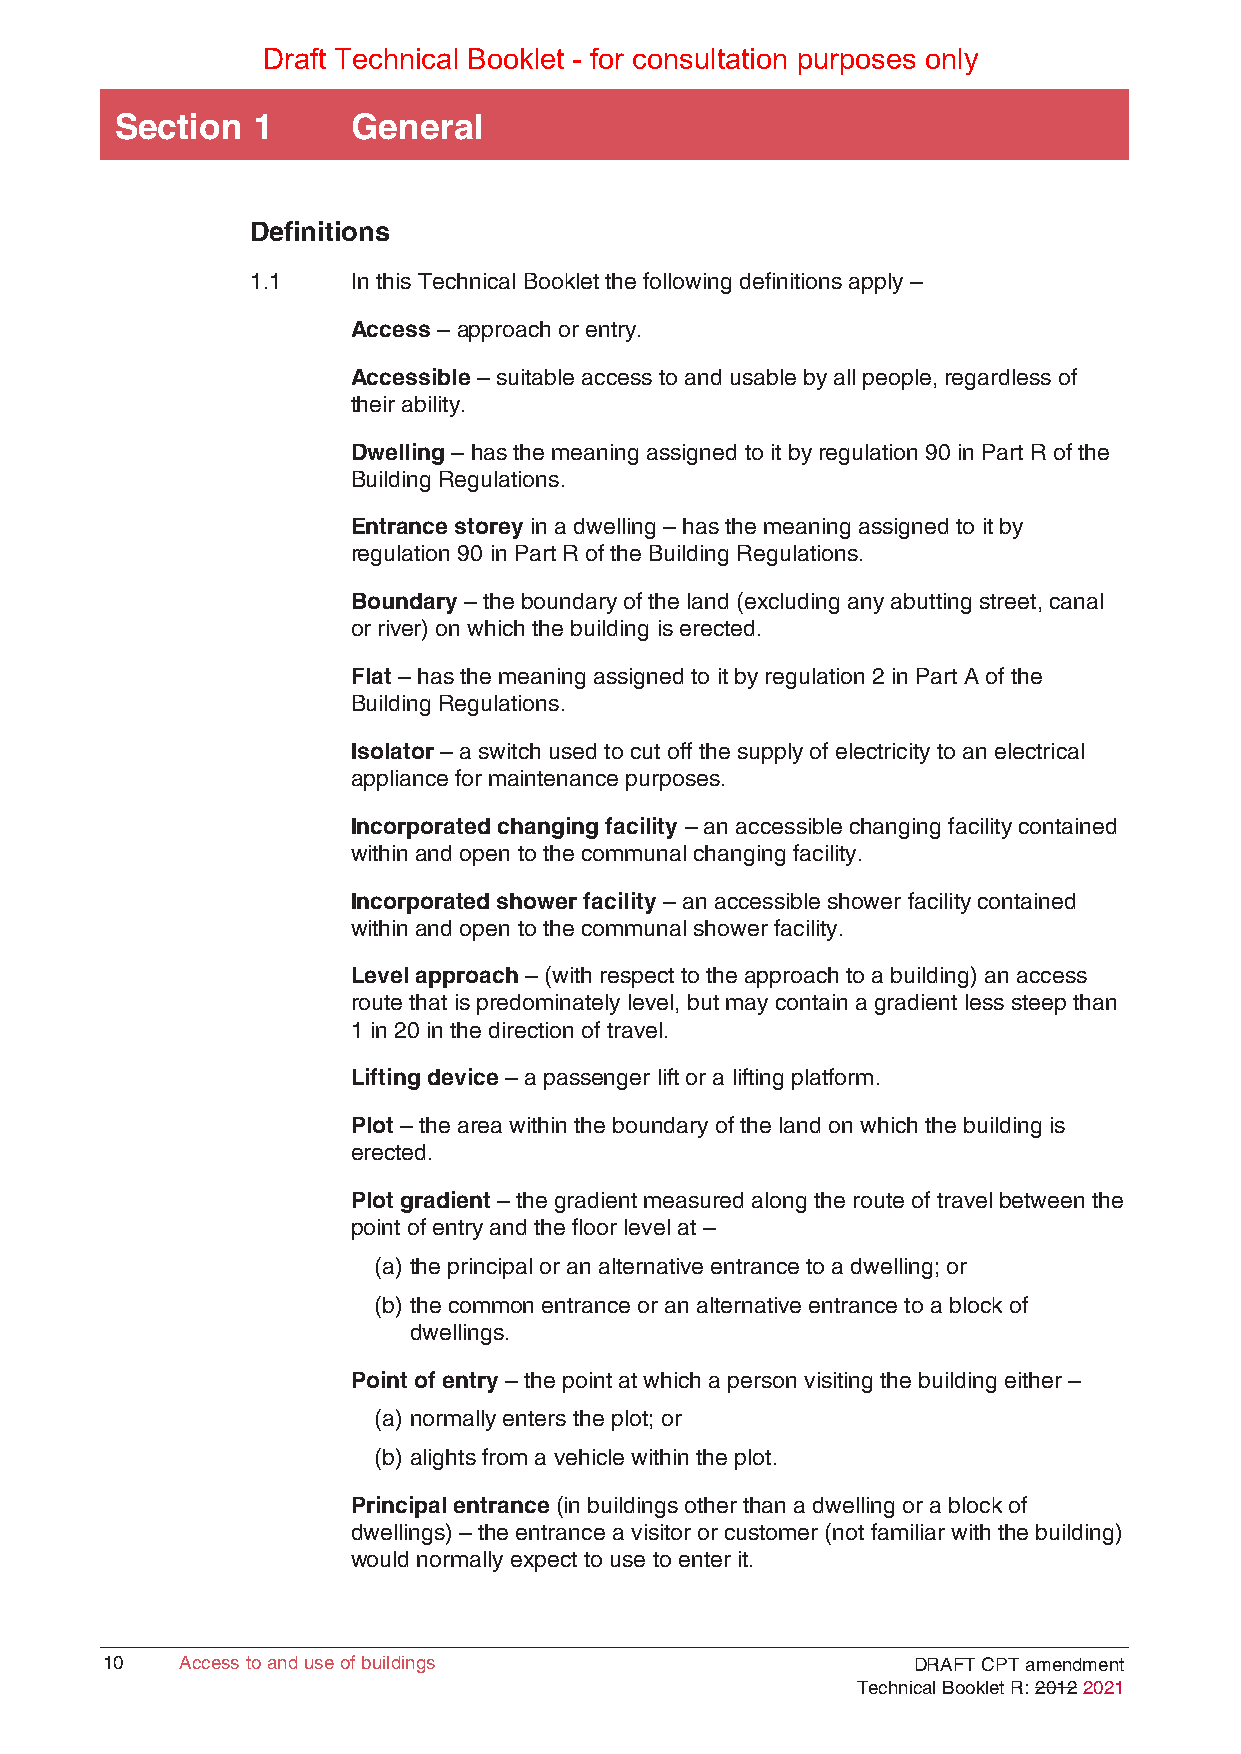
Draft Technical Booklet - for consultation purposes only
 Section  1     General
 Definitions
 1.1   In this Technical Booklet the following definitions apply –
 Access – approach or entry.
 Accessible – suitable access to and usable by all people, regardless of
 their ability.
 Dwelling – has the meaning assigned to it by regulation 90 in Part R of the
 Building Regulations.
 Entrance storey in a dwelling – has the meaning assigned to it by
 regulation 90 in Part R of the Building Regulations.
 Boundary – the boundary of the land (excluding any abutting street, canal
 or river) on which the building is erected.
 Flat – has the meaning assigned to it by regulation 2 in Part A of the
 Building Regulations.
 Isolator – a switch used to cut off the supply of electricity to an electrical
 appliance for maintenance purposes.
 Incorporated changing facility – an accessible changing facility contained
 within and open to the communal changing facility.
 Incorporated shower facility – an accessible shower facility contained
 within and open to the communal shower facility.
 Level approach – (with respect to the approach to a building) an access
 route that is predominately level, but may contain a gradient less steep than
 1 in 20 in the direction of travel.
 Lifting device – a passenger lift or a lifting platform.
 Plot – the area within the boundary of the land on which the building is
 erected.
 Plot gradient – the gradient measured along the route of travel between the
 point of entry and the floor level at –
 (a) the principal or an alternative entrance to a dwelling; or
 (b) the common entrance or an alternative entrance to a block of
 dwellings.
 Point of entry – the point at which a person visiting the building either –
 (a) normally enters the plot; or
 (b) alights from a vehicle within the plot.
 Principal entrance (in buildings other than a dwelling or a block of
 dwellings) – the entrance a visitor or customer (not familiar with the building)
 would normally expect to use to enter it.
 1100 AAcccceessss ttoo aanndd uussee ooff bbuuiillddiinnggss DRAFT CPT amendment
 Technical Booklet R: 2012 2021